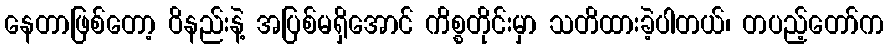
နေတာဖြစ်တော့ ဝိနည်းနဲ့ အပြစ်မရှိအောင် ကိစ္စတိုင်းမှာ သတိထားခဲ့ပါတယ်၊ တပည့်တော်က